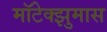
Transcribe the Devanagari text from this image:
मॉटेक्झुमास